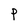
Character: P